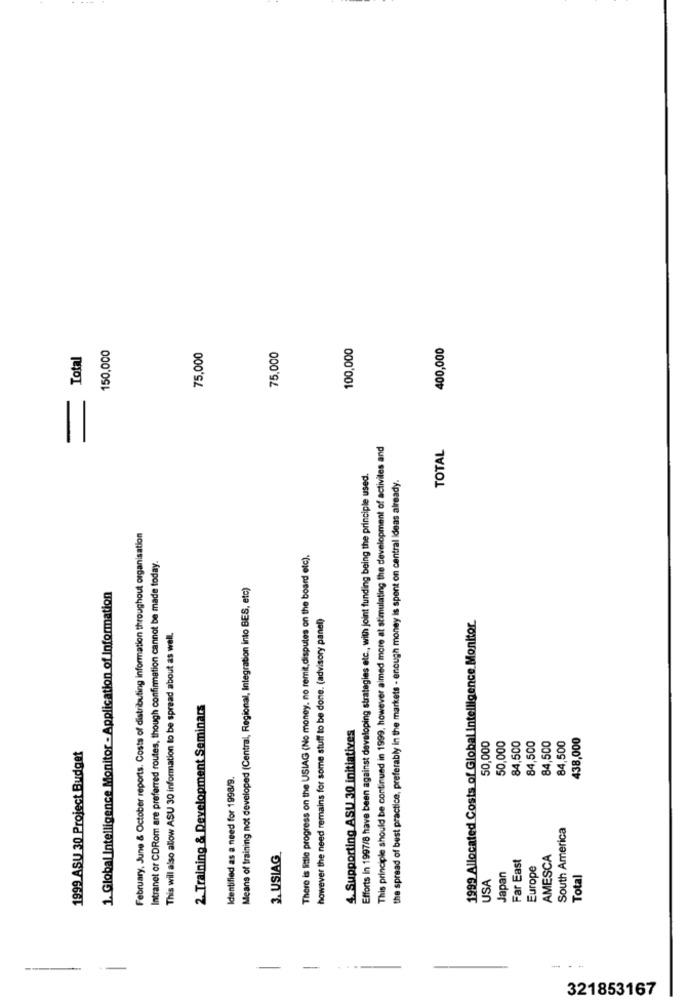
150,000
100,000
400,000
Total
75,000
75,000
This principle should be continued in 1999, however aimed more at stimulating the development of activites and
TOTAL
Efforts in 1997/8 have been against developing strategies etc ., with joint funding being the principle used.
the spread of best practice, preferably in the markets - enough money is spent on central ideas already.
February, June & October reports. Costs of distributing information throughout organisation
There is little progress on the USIAG (No money, no remit,disputes on the board etc).
Intranet or CDRom are preferred routes, though confirmation cannot be made today.
Means of training not developed (Central, Regional, Integration into BES, etc)
1. Global Intelligence Monitor - Application of Information
however the need remains for some stuff to be done. (advisory panel)
1999 Allocated Costs of Global Intelligence Monitor
This will also allow ASU 30 information to be spread about as well.
2. Training & Development Seminars
4. Supporting ASU 30 initiatives
50,000
84,500
84,500
438,000
1999 ASU 30 Project Budget
50,000
84,500
84,500
Identified as a need for 1998/9.
South America
3. USIAG
Far East
AMESCA
Europe
Japan
Total
USA
-
-----
-
321853167